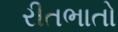
રીતભાતો